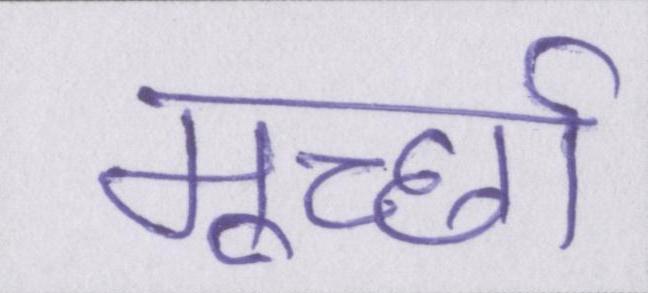
मूर्च्छा